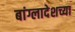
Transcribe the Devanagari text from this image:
बांग्लादेशच्या